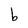
Character: b